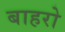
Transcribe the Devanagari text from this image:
बाहरो